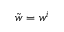
\tilde { \boldsymbol { w } } = \boldsymbol { w } ^ { i }